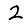
Digit: 2